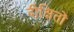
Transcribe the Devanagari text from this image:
दीक्षितों